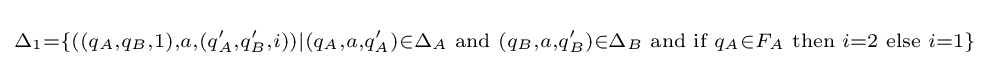
\scriptstyle \Delta _{1}=\{((q_{A},q_{B},1),a,(q'_{A},q'_{B},i))|(q_{A},a,q'_{A})\in \Delta _{A}{\text{ and }}(q_{B},a,q'_{B})\in \Delta _{B}{\text{ and if }}q_{A}\in F_{A}{\text{ then }}i=2{\text{ else }}i=1\}